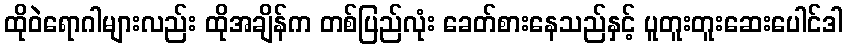
ထိုဝဲရောဂါများလည်း ထိုအချိန်က တစ်ပြည်လုံး ခေတ်စားနေသည်နှင့် ပူတူးတူးဆေးပေါင်ဒါ